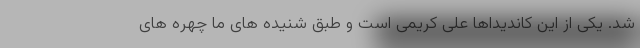
شد. یکی از این کاندیداها علی کریمی است و طبق شنیده های ما چهره های